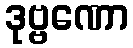
ဒုဗ္ဗဏော